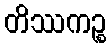
တိဿကဉ္စ